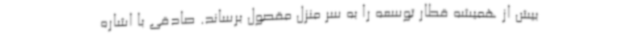
بیش از همیشه قطار توسعه را به سر منزل مقصول برساند. صادقی با اشاره